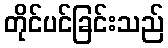
တိုင်ပင်ခြင်းသည်